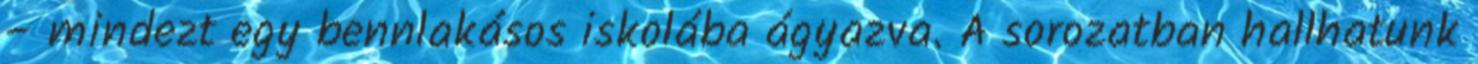
– mindezt egy bennlakásos iskolába ágyazva. A sorozatban hallhatunk